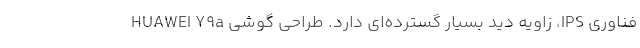
فناوری IPS، زاویه دید بسیار گسترده‌ای دارد. طراحی گوشی HUAWEI Y9a